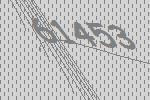
61453